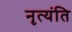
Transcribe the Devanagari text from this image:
नृत्यंति